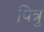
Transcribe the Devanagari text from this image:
पित्रु